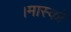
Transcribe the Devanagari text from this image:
।मास्को